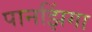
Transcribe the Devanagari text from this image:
पानझिंगा